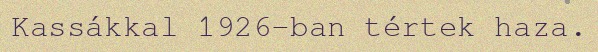
Kassákkal 1926-ban tértek haza.